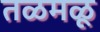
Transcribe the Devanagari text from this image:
तळमळू